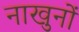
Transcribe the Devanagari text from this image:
नाखुनों